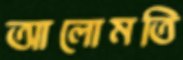
আলোমতি